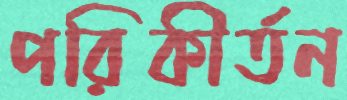
পরিকীর্তন